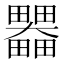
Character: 𤴄